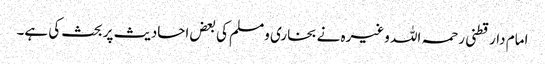
امام دارقطنی رحمہ اللہ وغیرہ نے بخاری ومسلم کی بعض احادیث پر بحث کی ہے۔